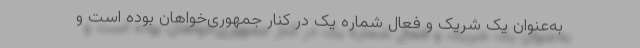
به‌عنوان یک شریک و فعال شماره یک در کنار جمهوری‌خواهان بوده است و